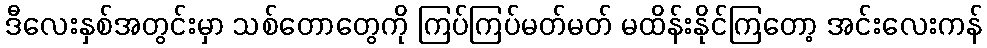
ဒီလေးနှစ်အတွင်းမှာ သစ်တောတွေကို ကြပ်ကြပ်မတ်မတ် မထိန်းနိုင်ကြတော့ အင်းလေးကန်